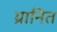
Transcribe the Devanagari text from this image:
ग्रानित